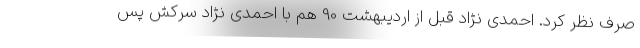
صرف نظر کرد. احمدی نژاد قبل از اردیبهشت 90 هم با احمدی نژاد سرکش پس